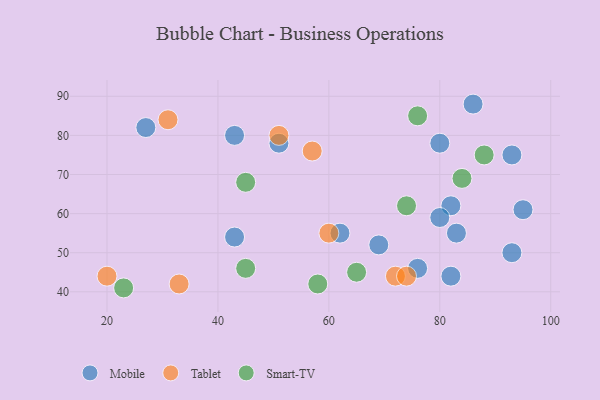
{"axis": {"x": "GDP", "y": "Life Expectancy"}, "legend": ["Mobile", "Smart-TV", "Tablet"], "data": [{"x": "43", "y": 80, "type": "Mobile"}, {"x": "95", "y": 61, "type": "Mobile"}, {"x": "93", "y": 75, "type": "Mobile"}, {"x": "93", "y": 50, "type": "Mobile"}, {"x": "69", "y": 52, "type": "Mobile"}, {"x": "82", "y": 62, "type": "Mobile"}, {"x": "83", "y": 55, "type": "Mobile"}, {"x": "76", "y": 46, "type": "Mobile"}, {"x": "43", "y": 54, "type": "Mobile"}, {"x": "80", "y": 59, "type": "Mobile"}, {"x": "82", "y": 44, "type": "Mobile"}, {"x": "51", "y": 78, "type": "Mobile"}, {"x": "86", "y": 88, "type": "Mobile"}, {"x": "62", "y": 55, "type": "Mobile"}, {"x": "27", "y": 82, "type": "Mobile"}, {"x": "80", "y": 78, "type": "Mobile"}, {"x": "60", "y": 55, "type": "Tablet"}, {"x": "31", "y": 84, "type": "Tablet"}, {"x": "51", "y": 80, "type": "Tablet"}, {"x": "72", "y": 44, "type": "Tablet"}, {"x": "33", "y": 42, "type": "Tablet"}, {"x": "20", "y": 44, "type": "Tablet"}, {"x": "74", "y": 44, "type": "Tablet"}, {"x": "57", "y": 76, "type": "Tablet"}, {"x": "65", "y": 45, "type": "Smart-TV"}, {"x": "76", "y": 85, "type": "Smart-TV"}, {"x": "23", "y": 41, "type": "Smart-TV"}, {"x": "45", "y": 46, "type": "Smart-TV"}, {"x": "45", "y": 68, "type": "Smart-TV"}, {"x": "88", "y": 75, "type": "Smart-TV"}, {"x": "58", "y": 42, "type": "Smart-TV"}, {"x": "74", "y": 62, "type": "Smart-TV"}, {"x": "84", "y": 69, "type": "Smart-TV"}]}